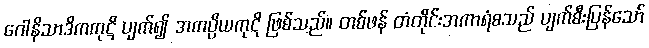
ဂေါနိသာဒိကကုဋိ ပျက်၍ အကပ္ပိယကုဋိ ဖြစ်သည်။ တစ်ဖန် တံတိုင်းအကာရံစသည် ပျက်စီးပြန်သော်